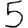
Digit: 5